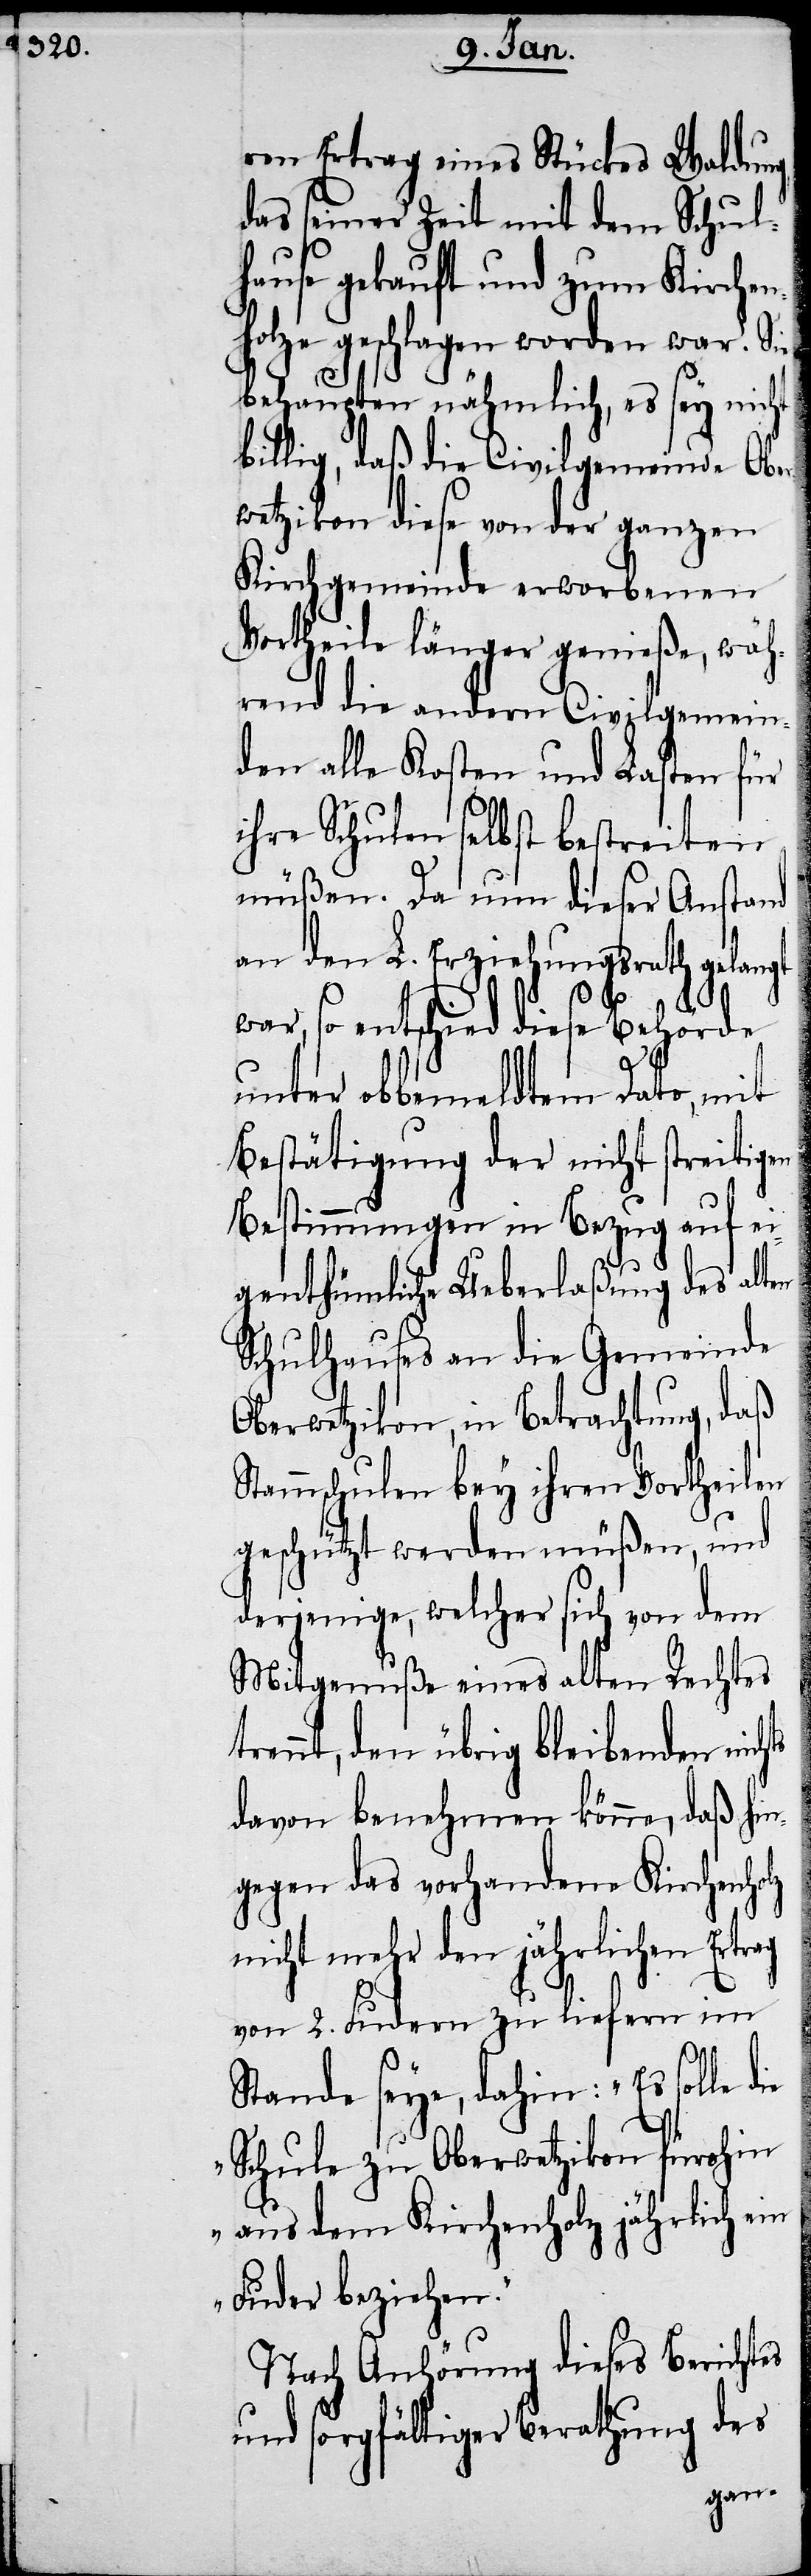
ren Ertrag eines Stückes Waldung
das seiner Zeit mit dem Schul¬
hause gekauft und zum Kirchen¬
holze geschlagen worden war. Sie
behaupten nähmlich, es sey nicht
billig, daß die Civilgemeinde Obe¬
rwetzikon diese von der ganzen
Kirchgemeinde erworbenen
Vortheile länger genieße, wäh¬
rend die andern Civilgemein¬
den alle Kosten und Lasten für
ihre Schulen selbst bestreiten
müßen. Da nun dieser Anstand
an den L. Erziehungsrath gelangt
olz
war, so entschied diese Behörde
unter obbemeldten Dato, mit
Bestätigung der nicht streitigen
Bestimmungen in Bezug auf e¬
igenthümliche Ueberlaßung des alten
Schulhauses an die Gemeinde
Oberwetzikon, in Betrachtung, daß
Stammschulen bey ihren Vortheilen
geschützt werden müßen, und
derjenige, welcher sich von dem
Mitgenuße eines alten Rechtes
trennt, den übrig bleibenden
davon benehmen könne, daß hin¬
gegen das vorhandene Kirchenh¬
nicht mehr den jährlichen Ertrag
von 2. Fudern zu liefern im
Stande seye, dahin: „Es solle die
Schule zu Oberwetzikon fürohin
aus dem Kirchenholz jährlich ein
Fuder beziehen."
Nach Anhörung dieses Berichtes
und sorgfältiger Berathung des